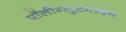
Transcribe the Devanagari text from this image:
पॉलीग्लुटमाइन